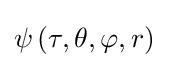
\psi \left(\tau ,\theta ,\varphi ,r\right)